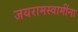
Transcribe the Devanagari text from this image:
जयरामस्वामींना